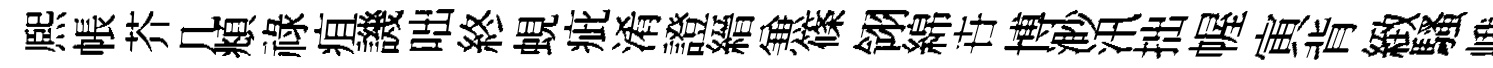
熈帳芥几頫祿疽譏咄終蜆疵淆證縉𠔥篠翎綿卋博渺汛拙幄寅背緻騷峨